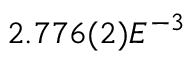
2 . 7 7 6 ( 2 ) E ^ { - 3 }